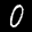
Label: 0